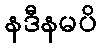
နဒီနမပိ